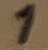
Text: 1